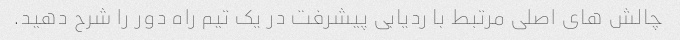
چالش های اصلی مرتبط با ردیابی پیشرفت در یک تیم راه دور را شرح دهید.